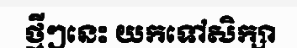
ថ្មីៗនេះ យកទៅសិក្សា